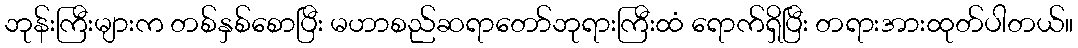
ဘုန်းကြီးများက တစ်နှစ်စောပြီး မဟာစည်ဆရာတော်ဘုရားကြီးထံ ရောက်ရှိပြီး တရားအားထုတ်ပါတယ်။